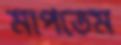
মাপতেম